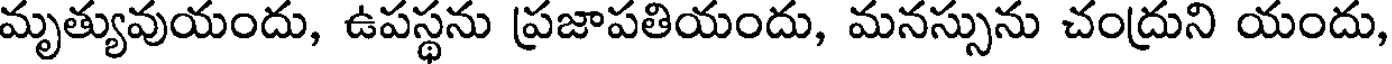
మృత్యువుయందు, ఉపస్థను ప్రజాపతియందు, మనస్సును చంద్రుని యందు,